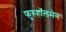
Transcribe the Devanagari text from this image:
फुरुहॉलमेन